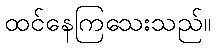
ထင်နေကြသေးသည်။